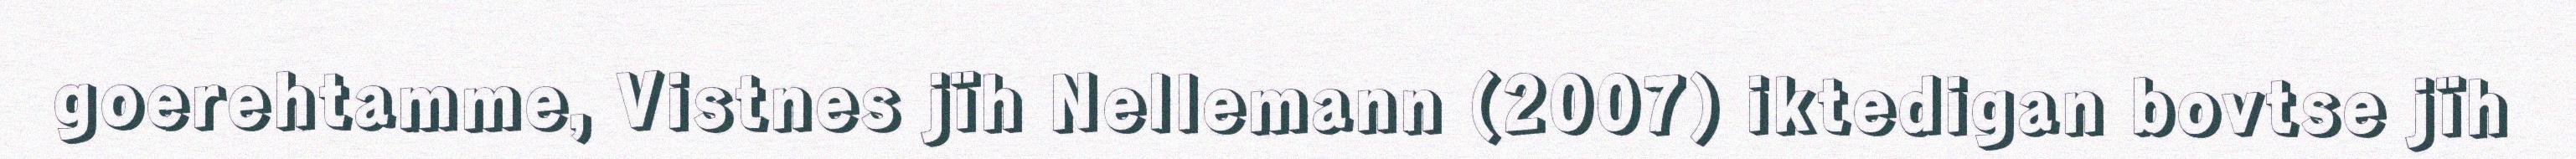
goerehtamme, Vistnes jïh Nellemann (2007) iktedigan bovtse jïh